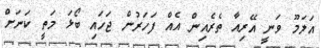
އަލަމޫ ވަނީ އޭރިއާ ތެރެއިން އެއް ފަހަރުން ޖަހައި ބޯޅަ މަތީ ކަނަށް